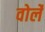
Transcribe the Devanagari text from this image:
वोर्ले